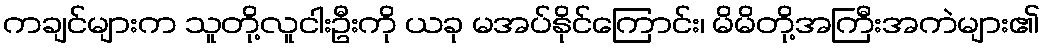
ကချင်များက သူတို့လူငါးဦးကို ယခု မအပ်နိုင်ကြောင်း၊ မိမိတို့အကြီးအကဲများ၏